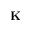
\mathbf { K }